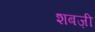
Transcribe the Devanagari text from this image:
शबज़ी